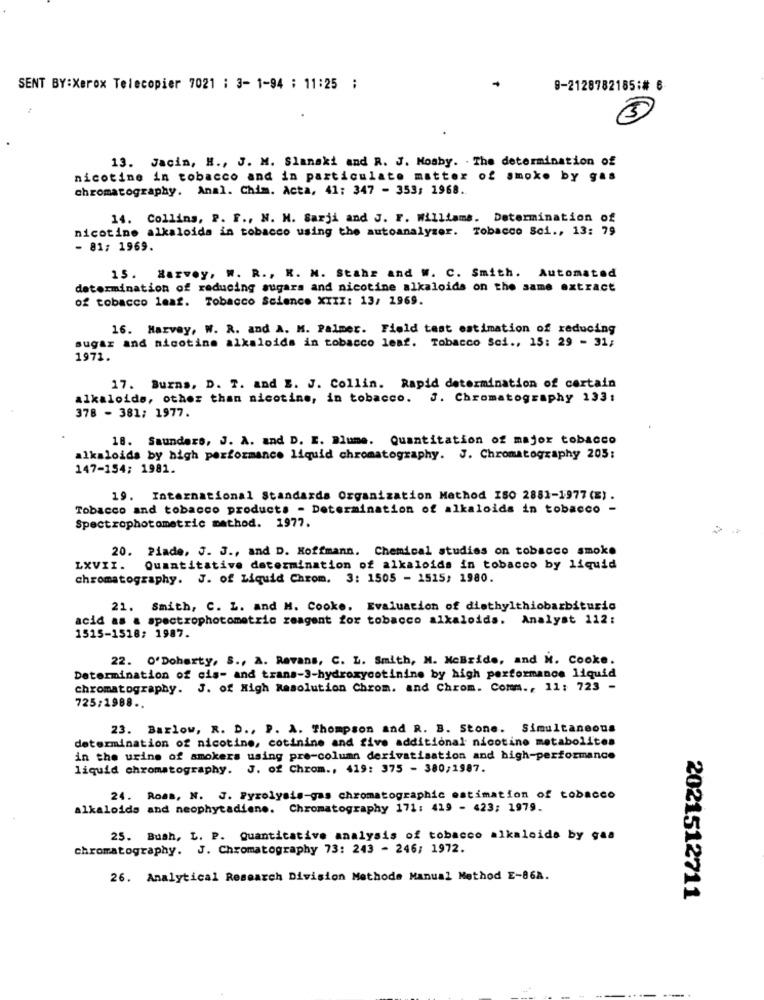
SENT BY:Xerox Telecopier 7021 : 3- 1-94 ; 11:25 ;
9-2128782185:# 6
5
13. Jacin, H ., J. M. Slanaki and R. J. Mosby. . The determination of
nicotine in tobacco and in particulate matter of smoke by gas
chromatography. Anal. Chim. Acta, 41: 347 - 353; 1968.
14. Collins, P. F ., N. M. Sarji and J. F. Williams. Determination of
nicotine alkaloids in tobacco using the autoanalyzer. Tobacco Sci ., 13: 79
- 81; 1969.
15. Harvey, W. R ., H. M. Stahr and W. C. Smith. Automated
determination of reducing sugars and nicotine alkaloids on the same extract
of tobacco leaf. Tobacco Science XXXX: 13/ 1969.
16. Harvey, W. R. and A. M. Palmer. Field test estimation of reducing
sugar and nicotine alkaloids in tobacco leaf. Tobacco Sci ., 15: 29 - 31;
1971.
17. Burns, D. 7. and E. J. Collin. Rapid determination of certain
alkaloids, other than nicotine, in tobacco. J. Chromatography 133:
378 - 381; 1977.
18. Saunders, J. A. and D. I. Blume. Quantitation of major tobacco
alkaloids by high performance liquid chromatography. J. Chromatography 205:
147-154; 1981.
19. International Standards Organization Method ISO 2881-1977 (E).
Tobacco and tobacco products - Determination of alkaloids in tobacco -
Spectrophotometric method. 1977.
20. Piade, J. J ., and D. Hoffmann. Chemical studies on tobacco smoke
LXVII. Quantitative determination of alkaloids in tobacco by liquid
chromatography. J. of Liquid Chrom. 3: 1505 - 1515; 1980.
21. Smith, C. L. and M. Cooke. Evaluation of diethylthiobarbiturio
acid as & spectrophotometric reagent for tobacco alkaloids. Analyst 112:
1515-1518: 1987.
22. O'Doherty, S ., A. Revans, C. L. Smith, M. McBride, and M. Cooke.
Determination of cis- and trans-3-hydroxycotinine by high performance liquid
chromatography. J. of High Resolution Chrom. and Chrom. Comm ., 11: 723 -
725;1988 ..
23. Barlow, R. D ., P. A. Thompson and R. B. Stone. Simultaneous
determination of nicotine, cotinine and five additional nicotine metabolites
in the urine of smokers using pre-column derivatisation and high-performance
liquid chromatography. J. of Chrom ., 419: 375 - 380;1987.
24. Roas, N. J. Pyrolysis-gas chromatographic estimation of tobacco
alkaloids and neophytadiene. Chromatography 171: 419 - 423; 1979.
25. Buah, L. P. Quantitative analysis of tobacco alkaloids by gaa
chromatography. J. Chromatography 73: 243 - 246; 1972.
26. Analytical Research Division Methode Manual Method E-86A.
2021512711